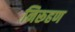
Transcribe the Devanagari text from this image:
निरूहण